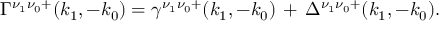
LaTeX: \Gamma ^ { \nu _ { 1 } \nu _ { 0 } + } ( k _ { 1 } , - k _ { 0 } ) = \gamma ^ { \nu _ { 1 } \nu _ { 0 } + } ( k _ { 1 } , - k _ { 0 } ) \, + \, \Delta ^ { \nu _ { 1 } \nu _ { 0 } + } ( k _ { 1 } , - k _ { 0 } ) .